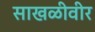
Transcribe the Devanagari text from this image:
साखळीवीर